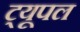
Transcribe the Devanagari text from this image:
ट्यूपल